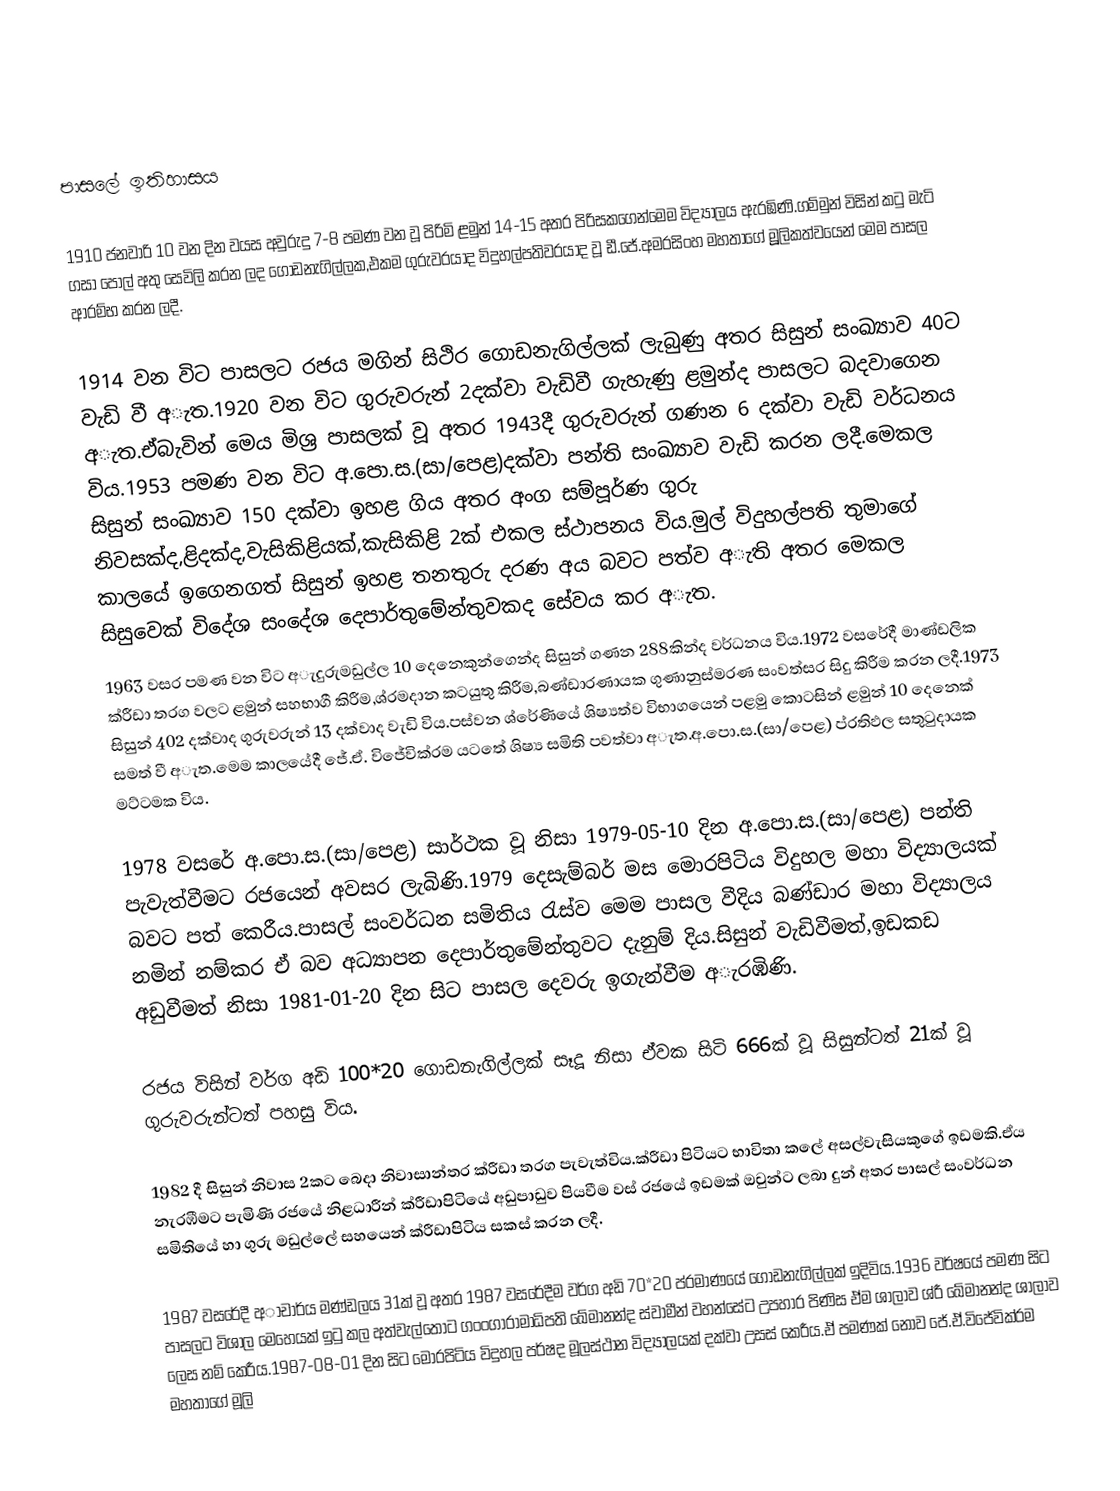

පාසලේ ඉතිහාසය

1910 ජනවාරි 10 වන දින වයස අවුරුදු 7-8 පමණ වන වූ පිරිමි ළමුන් 14-15 අතර පිරිසකගෙන්මෙම විද්‍යාලය ඇරඹිණි.ගම්මුන් විසින් කටු මැටි ගසා පොල් අතු සෙවිලි කරන ලද ගොඩනැගිල්ලක,එකම ගුරුවරයාද විදුහල්පතිවරයාද වූ ඩී.ජේ.අමරසිංහ මහතාගේ මූූලිකත්වයෙන් මෙම පාසල ආරම්භ කරන ලදී.

1914 වන විට පාසලට රජය මගින් සිථිර ගොඩනැගිල්ලක් ලැබුණු අතර සිසුන් සංඛ්‍යාව 40ට වැඩි වී අැත.1920 වන විට ගුරුවරුන් 2දක්වා වැඩිවී ගැහැණු ළමුන්ද පාසලට බදවාගෙන අැත.ඒබැවින් මෙය මිශ්‍ර පාසලක් වූ අතර 1943දී ගුරුවරුන් ගණන 6 දක්වා වැඩි වර්ධනය විය.1953 පමණ වන විට අ.පො.ස.(සා/පෙළ)දක්වා පන්ති සංඛ්‍යාව වැඩි කරන ලදී.මෙකල සිසුන් සංඛ්‍යාව 150 දක්වා ඉහළ ගිය අතර අංග සම්පූර්ණ ගුරු නිවසක්ද,ළිදක්ද,වැසිකිළියක්,කැසිකිළි 2ක් එකල ස්ථාපනය විය.මුල් විදුහල්පති තුමාගේ කාලයේ ඉගෙනගත් සිසුන් ඉහළ තනතුරු දරණ අය බවට පත්ව අැති අතර මෙකල සිසුවෙක් විදේශ සංදේශ දෙපාර්තුමේන්තුවකද සේවය කර අැත.
1963 වසර පමණ වන විට අැදුරුමඩුල්ල 10 දෙනෙකුන්ගෙන්ද සිසුන් ගණන 288කින්ද වර්ධනය විය.1972 වසරේදී මාණ්ඩලික ක්රීඩා තරග වලට ළමුන් සහභාගී කිරීම,ශ්රමදාන කටයුතු කිරීම,බණ්ඩාරණායක ගුණානුස්මරණ සංවත්සර සිදු කිරීම කරන ලදී.1973 සිසුන් 402 දක්වාද ගුරුවරුන් 13 දක්වාද වැඩි විය.පස්වන ශ්රේණියේ ශිෂ්‍යත්ව විභාගයෙන් පළමු කොටසින් ළමුන් 10 දෙනෙක් සමත් වී අැත.මෙම කාලයේදී ජේ.ඒ. විජේවික්රම යටතේ ශිෂ්‍ය සමිති පවත්වා අැත.අ.පො.ස.(සා/පෙළ) ප්රතිඵල සතුටුදායක මට්ටමක විය.

1978 වසරේ අ.පො.ස.(සා/පෙළ) සාර්ථක වූ නිසා 1979-05-10 දින අ.පො.ස.(සා/පෙළ) පන්ති පැවැත්වීමට රජයෙන් අවසර ලැබිණි.1979 දෙසැම්බර් මස මොරපිටිය විදුහල මහා විද්‍යාලයක් බවට පත් කෙරීය.පාසල් සංවර්ධන සමිතිය රැස්ව මෙම පාසල වීදිය බණ්ඩාර මහා විද්‍යාලය නමින් නම්කර ඒ බව අධ්‍යාපන දෙපාර්තුමේන්තුවට දැනුම් දිය.සිසුන් වැඩිවීමත්,ඉඩකඩ අඩුවීමත් නිසා 1981-01-20 දින සිට පාසල දෙවරු ඉගැන්වීම අැරඹිණි.

රජය විසින් වර්ග අඩි 100*20 ගොඩනැගිල්ලක් සෑදූ නිසා ඒවක සිටි 666ක් වූ සිසුන්ටත් 21ක් වූ ගුරුවරුන්ටත් පහසු විය.

1982 දී සිසුන් නිවාස 2කට බෙදා නිවාසාන්තර ක්රීඩා තරග පැවැත්විය.ක්රීඩා පිටියට භාවිතා කලේ අසල්වැසියකුගේ ඉඩමකි.ඒය නැරඹීමට පැමිණි රජයේ නිළධාරීන් ක්රීඩාපිටියේ අඩුපාඩුව පියවීම වස් රජයේ ඉඩමක් ඔවුන්ට ලබා දුන් අතර පාසල් සංවර්ධන සමිතියේ හා ගුරු මඩුල්ලේ සහයෙන් ක්රීඩාපිටිය සකස් කරන ලදී.

1987 වසරේදී අාචාර්ය මණ්ඩලය 31ක් වූ අතර 1987 වසරේදීම වර්ග අඩි 70*20 ප්රමාණයේ ගොඩනැගිල්ලක් ඉදිවිය.1936 වර්ෂයේ පමණ සිට පාසලට විශාල මෙහෙයක් ඉටු කල අත්වැල්තොට ගංංගාරාමාධිපති ඛේමානන්ද ස්වාමීන් වහන්සේට උපහාර පිණිස ඒම ශාලාව ශ්රී ඛේමානන්ද ශාලාව ලෙස නම් කෙරීය.1987-08-01 දින සිට මොරපිටිය විදුහල පර්ෂද මූලස්ථාන විද්‍යාලයක් දක්වා උසස් කෙරීය.ඒ පමණක් නොව ජේ.ඒ.විජේවික්රම මහතාගේ මූලි